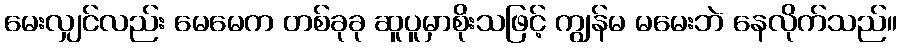
မေးလျှင်လည်း မေမေက တစ်ခုခု ဆူပူမှာစိုးသဖြင့် ကျွန်မ မမေးဘဲ နေလိုက်သည်။